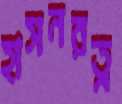
হাসনরত্ন